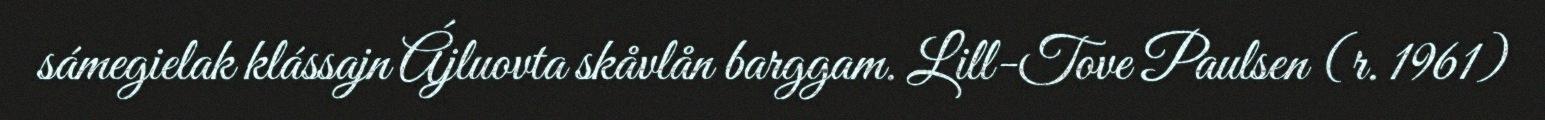
sámegielak klássajn Ájluovta skåvlån barggam. Lill-Tove Paulsen (r. 1961)